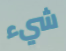
شيء